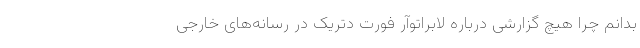
بدانم چرا هیچ گزارشی درباره لابراتوآر فورت دتریک در رسانه‌های خارجی